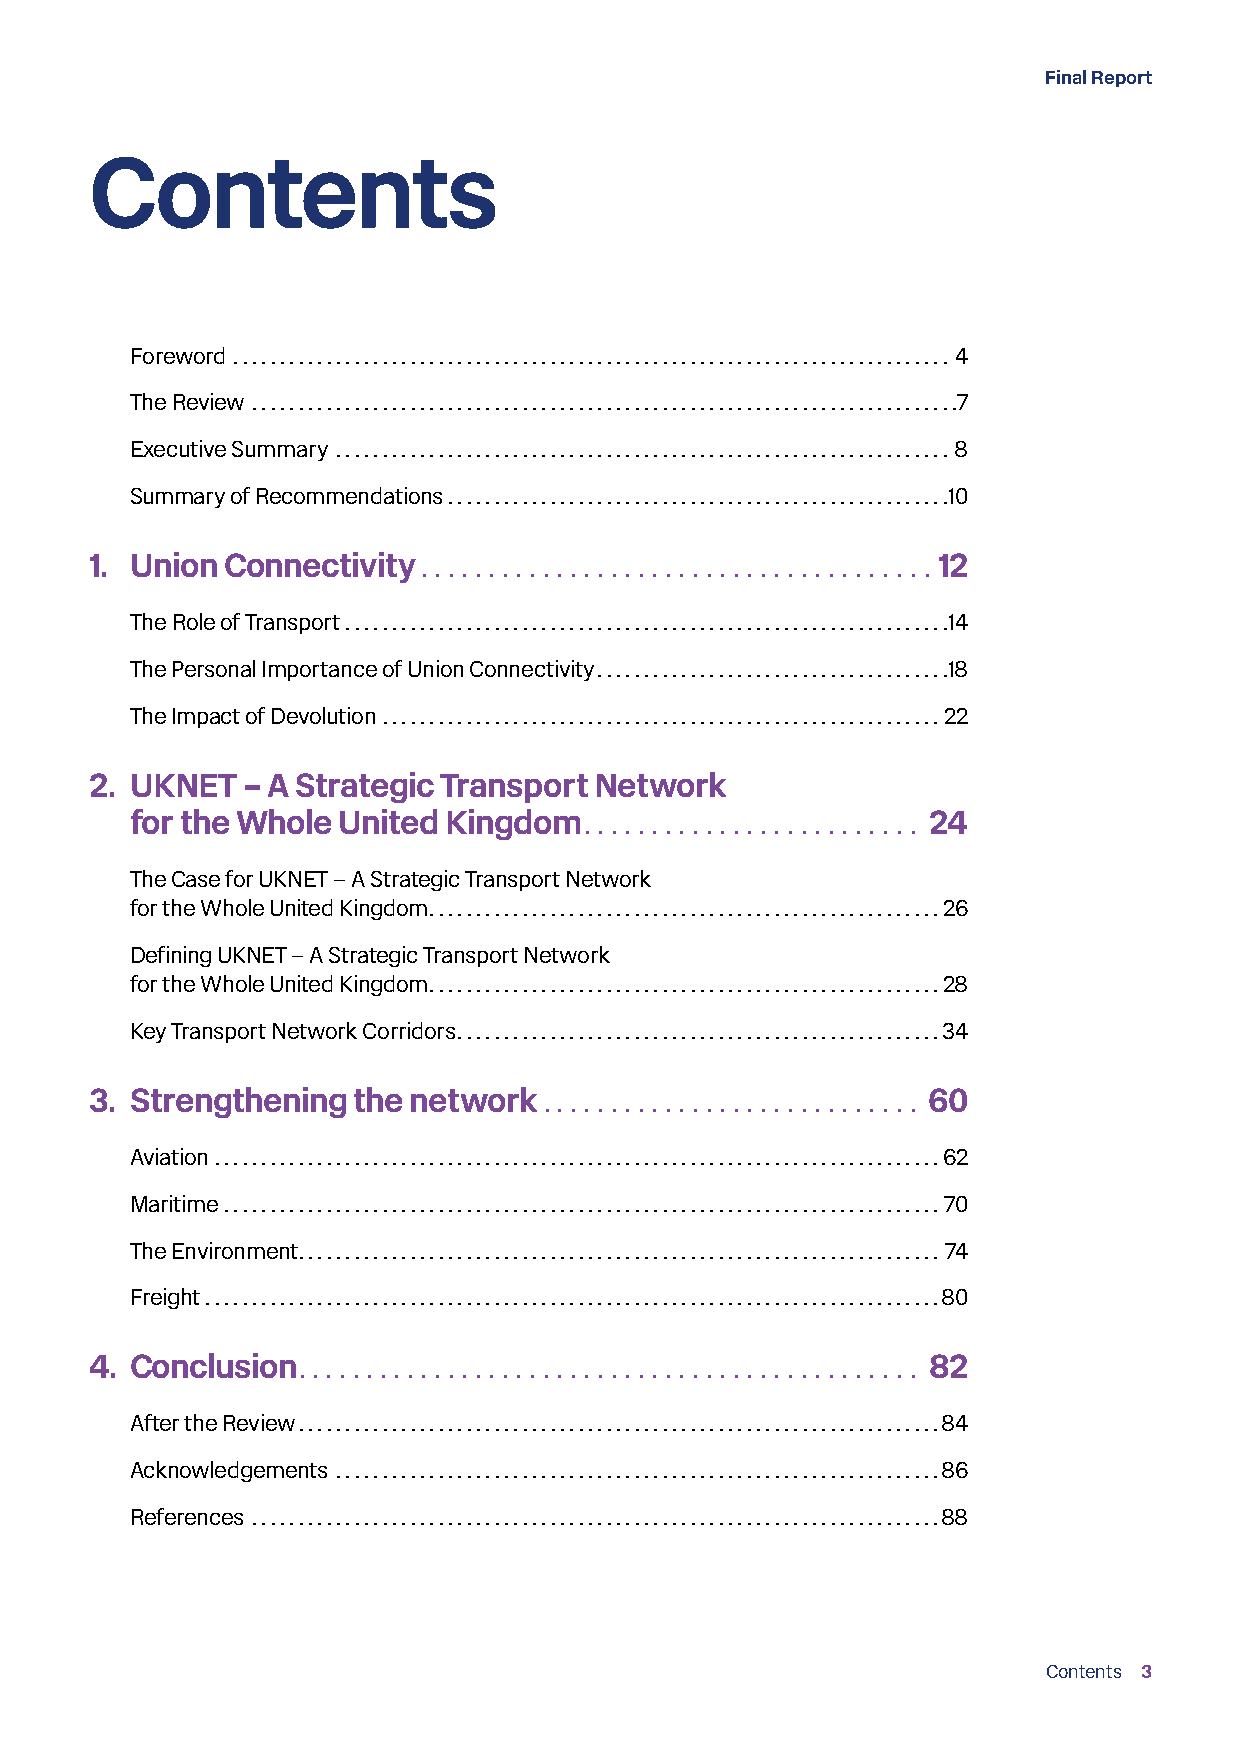
Final Report
 Contents
 Foreword ............................................................................. 4
 The Review ............................................................................7
 Executive Summary .................................................................. 8
 Summary of Recommendations......................................................10
 1. Union Connectivity . . . . . . . . . . . . . . . . . . . . . . . . . . . . . . . . . . . . . . 12
 The Role of Transport.................................................................14
 The Personal Importance of Union Connectivity......................................18
 The Impact of Devolution ............................................................22
 2. UKNET  – A Strategic Transport Network
 for the Whole United Kingdom.  . . . . . . . . . . . . . . . . . . . . . . . . 24
 The Case for UKNET – A Strategic Transport Network
 for the Whole United Kingdom.......................................................26
 Defining UKNET – A Strategic Transport Network
 for the Whole United Kingdom.......................................................28
 Key Transport Network Corridors....................................................34
 3. Strengthening the network  . . . . . . . . . . . . . . . . . . . . . . . . . . . . 60
 Aviation..............................................................................62
 Maritime.............................................................................70
 The Environment..................................................................... 74
 Freight...............................................................................80
 4. Conclusion. . . . . . . . . . . . . . . . . . . . . . . . . . . . . . . . . . . . . . . . . . . . . . 82
 After the Review.....................................................................84
 Acknowledgements .................................................................86
 References ..........................................................................88
 Contents 3